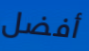
أفضل